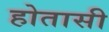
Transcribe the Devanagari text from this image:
होतासी